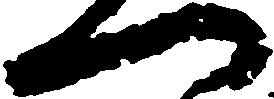
一